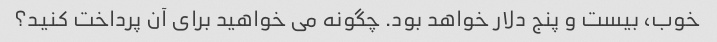
خوب، بیست و پنج دلار خواهد بود. چگونه می خواهید برای آن پرداخت کنید؟